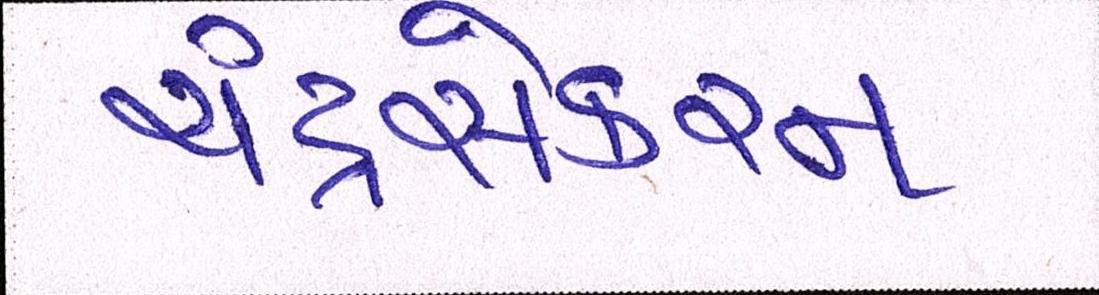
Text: ચંદ્રસેકરન